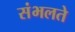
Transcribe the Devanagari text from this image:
संभलते